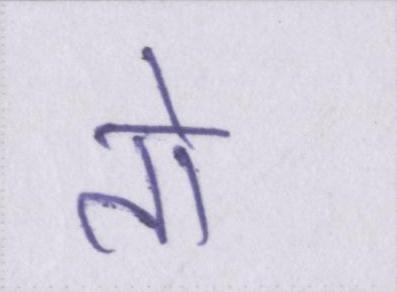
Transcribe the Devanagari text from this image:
तो